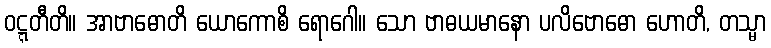
ဝဋ္ဋတီတိ။ အာဗာဓောတိ ယောကောစိ ရောဂေါ။ သော ဗာဓယမာနော ပလိဗောဓော ဟောတိ, တသ္မာ